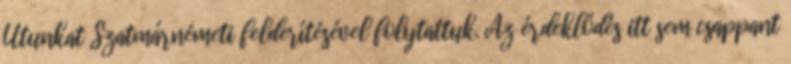
Utunkat Szatmárnémeti felderítésével folytattuk. Az érdeklődés itt sem csappant